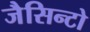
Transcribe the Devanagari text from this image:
जैसिन्टो